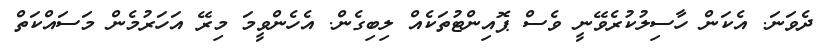
ދެވަނަ. އެކަން ހާސިލުކުރެވޭނީ ވެސް ޕޮއިންޓުތަކެއް ލިބިގެން. އެހެންވީމަ މިރޭ އަހަރުމެން މަސައްކަތް